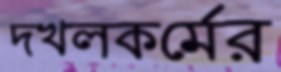
দখলকর্মের